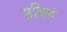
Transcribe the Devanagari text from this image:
प्रशिद्दं